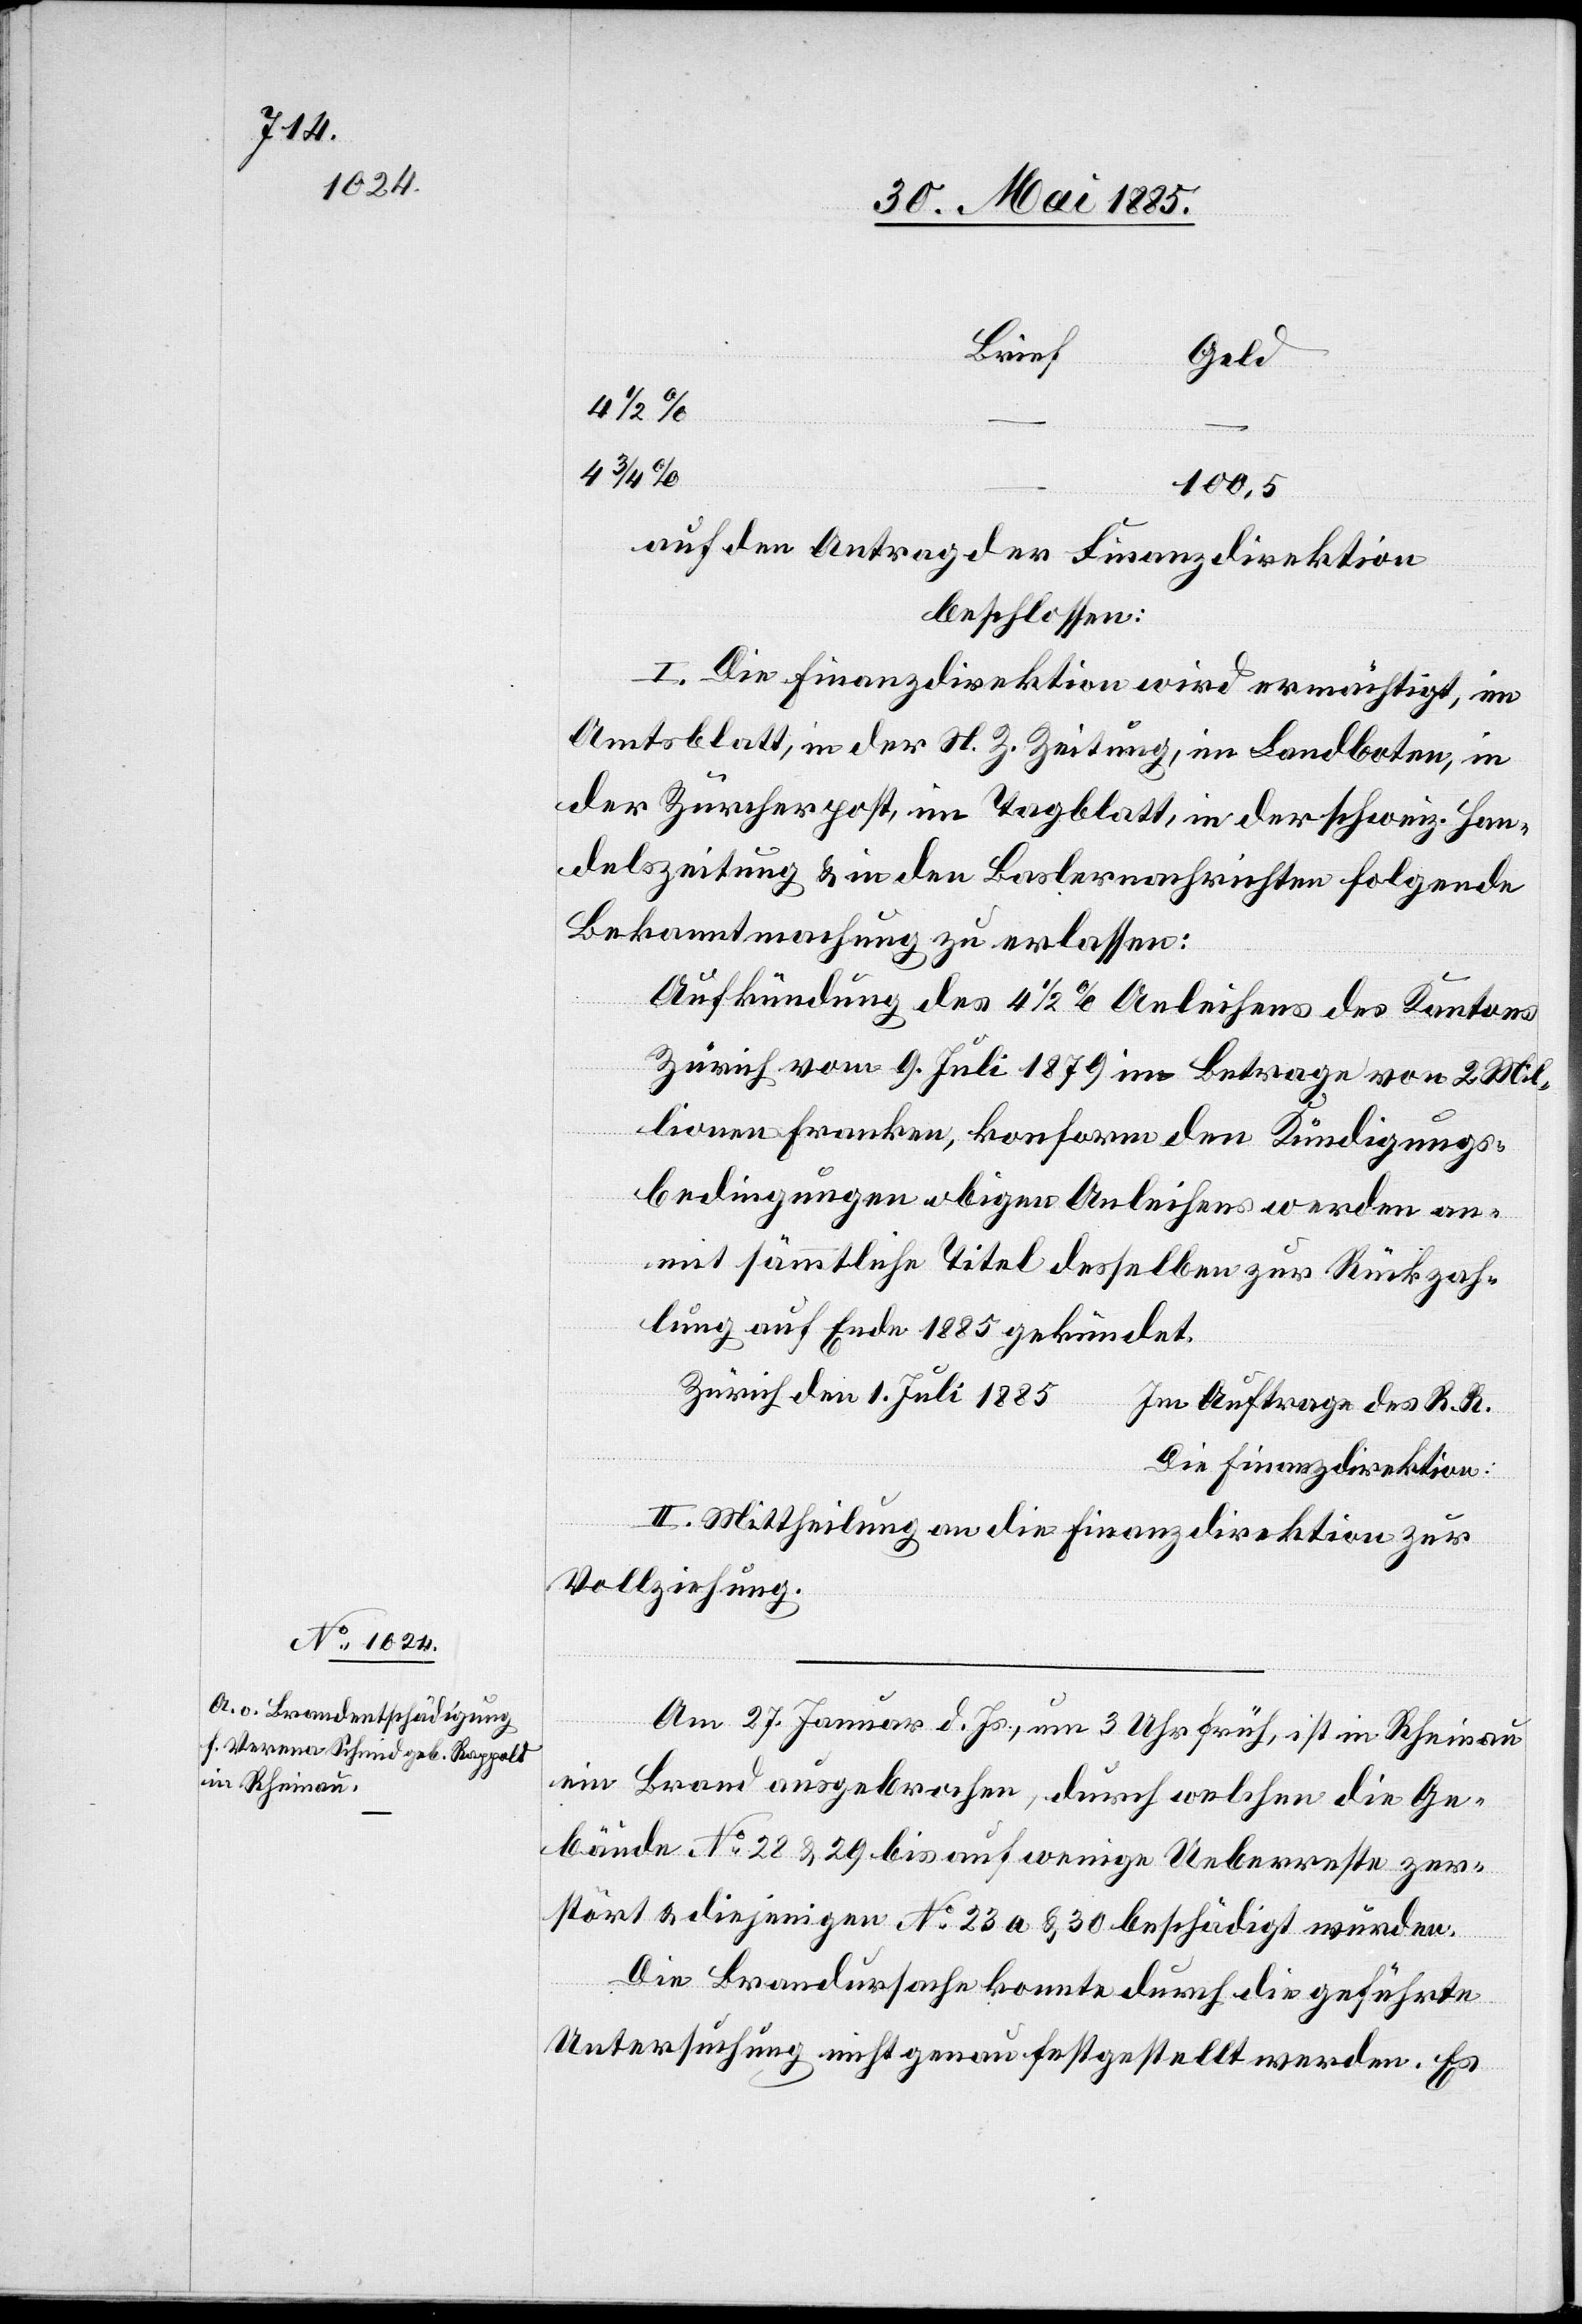
4 3/4%
100,5
auf den Antrag der Finanzdirektion
beschlossen:
I. Die Finanzdirektion wird ermächtigt, im
Amtsblatt, in der N. Z. Zeitung, im Landboten, in
der Zürcherpost, im Tagblatt, in der schweiz. Han¬
delszeitung & in den Baslerschriften folgende
Bekanntmachung zu erlassen:
Aufkündung des 4 1/2% Anleihens des Kantons
Zürich vom 9. Juli 1879 im Betrage von 2 Mil¬
lionen Franken, konform den Kündigungs¬
bedingungen obigen Anleihens werden an¬
mit sämmtliche Titel desselben zur Rückzah¬
lung auf Ende 1885 gekündet.
Zürich den 1. Juli 1885
Im Auftrage des R. R.
Die Finanzdirektion:
II. Mittheilung an die Finanzdirektion zur
Vollziehung.
Am 27. Januar d. Js., um 3 Uhr früh, ist in Rheinau
ein Brand ausgebrochen, durch welchen die Ge¬
bäude No 28 & 29 bis auf wenige Ueberreste zer¬
stört & diejenigen No 23 a & 30 beschädigt wurden.
Die Brandursache konnte durch die geführte
Untersuchung nicht genau festgestellt werden. Es